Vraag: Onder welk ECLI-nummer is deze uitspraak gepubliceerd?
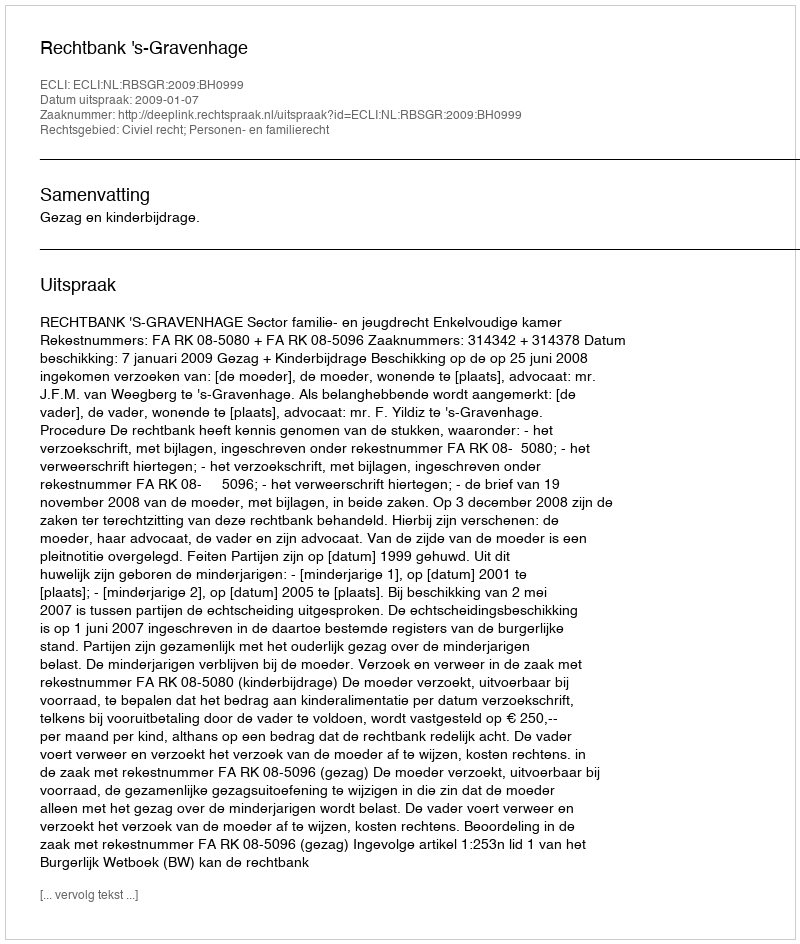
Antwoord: ECLI:NL:RBSGR:2009:BH0999